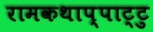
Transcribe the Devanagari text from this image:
रामकथाप्पाट्टु